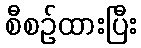
စီစဉ်ထားပြီး